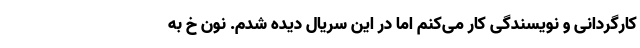
کارگردانی و نویسندگی کار می‌کنم اما در این سریال دیده شدم. نون خ به